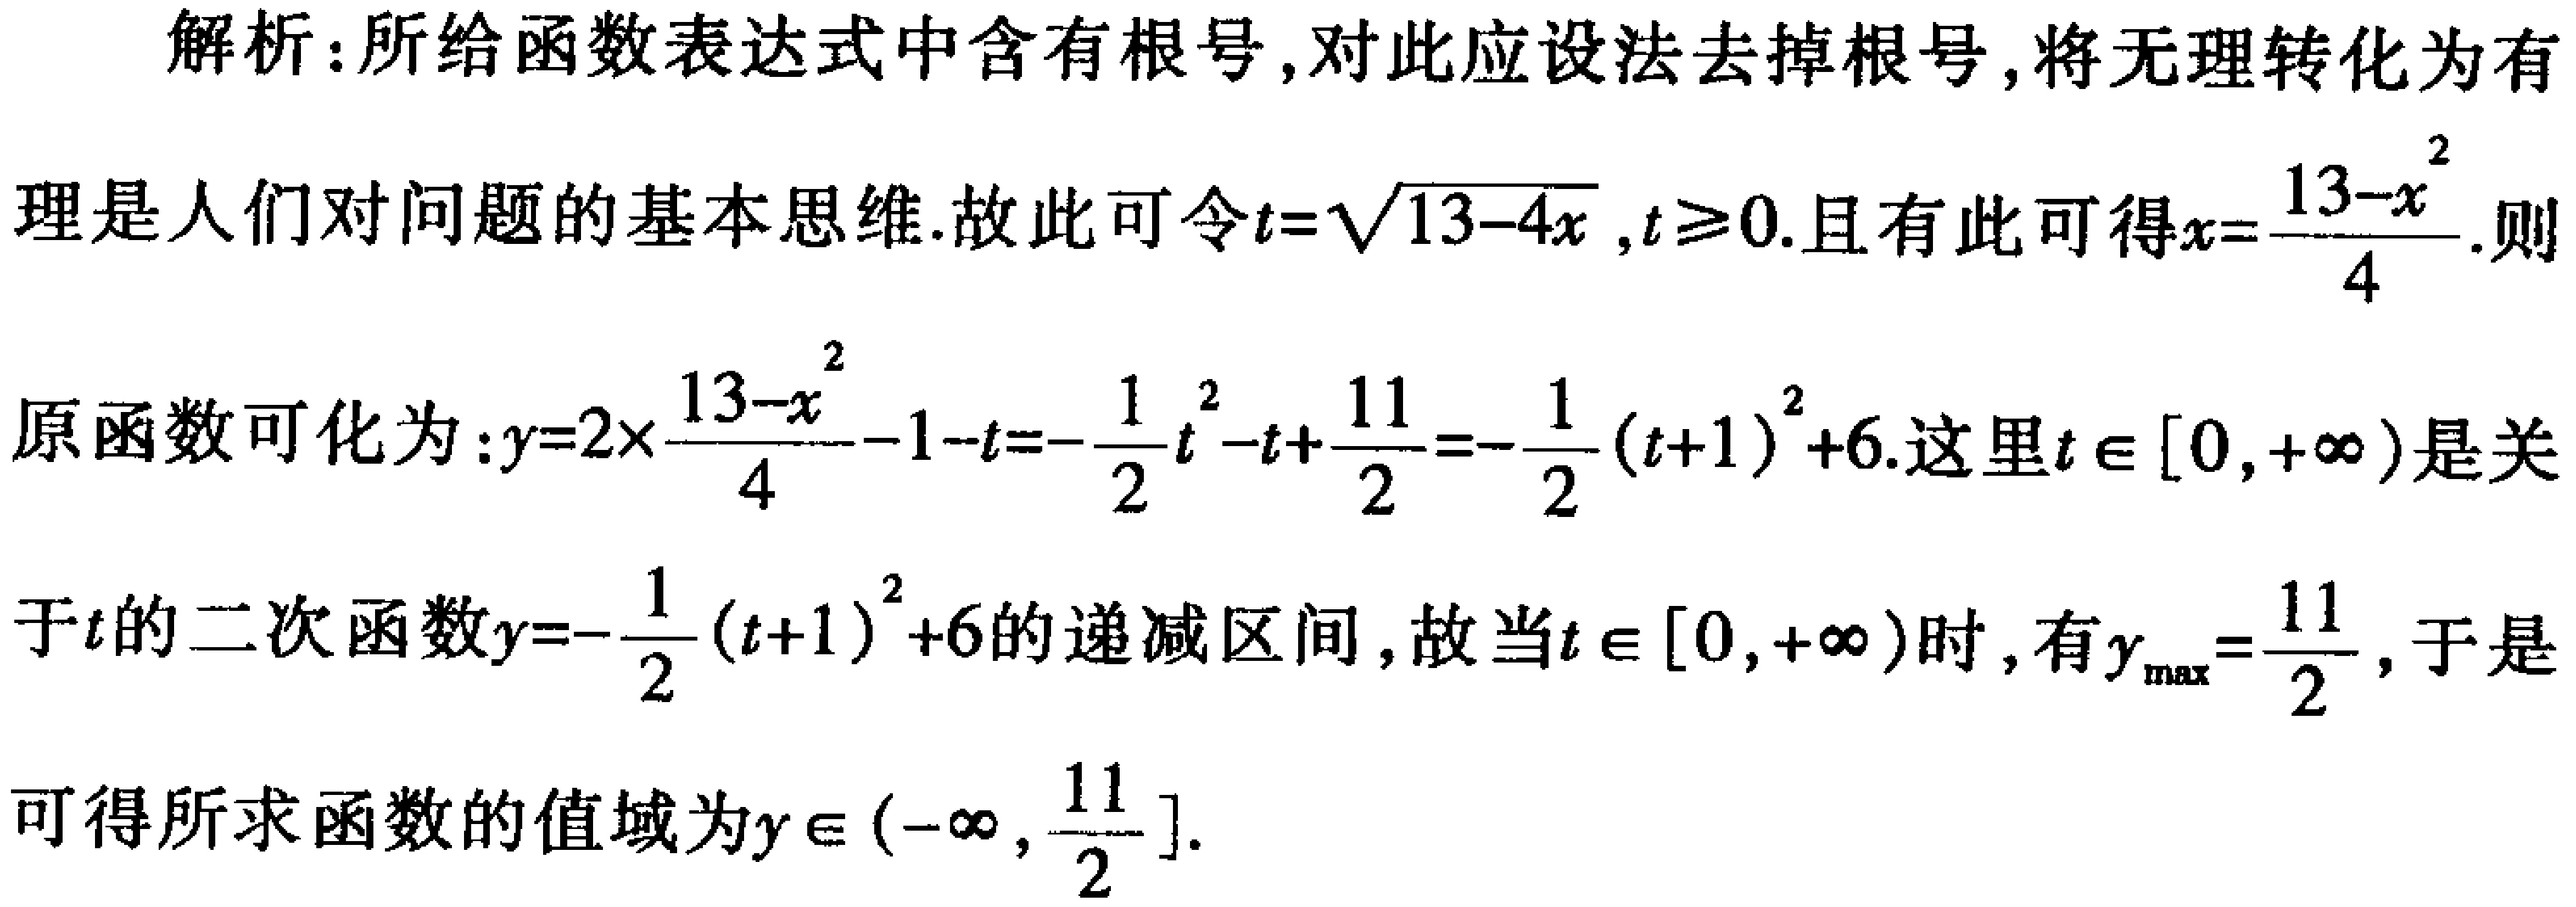
解析：所给函数表达式中含有根号, 对此应设法去掉根号, 将无理转化为有
理是人们对问题的基本思维. 故此可令\(t = \sqrt{13 - 4x}\), \(t\geq0\). 且有此可得\(x=\frac{13 - t^{2}}{4}\). 则
原函数可化为：\(y = 2\times\frac{13 - t^{2}}{4}-1 - t=-\frac{1}{2}t^{2}-t+\frac{11}{2}=-\frac{1}{2}(t + 1)^{2}+6\). 这里\(t\in[0,+\infty)\)是关
于\(t\)的二次函数\(y = -\frac{1}{2}(t + 1)^{2}+6\)的递减区间, 故当\(t\in[0,+\infty)\)时, 有\(y_{\max}=\frac{11}{2}\), 于是
可得所求函数的值域为\(y\in(-\infty,\frac{11}{2}]\).